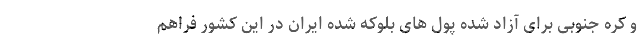
و کره جنوبی برای آزاد شده پول های بلوکه شده ایران در این کشور فراهم